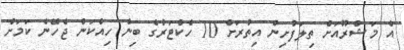
އެ މަޝްރޫއަށް ތިލަފުށިން އިތުރަށް 10 ހެކްޓަރުގެ ބިން ހިއްކަން ޖެހޭނެ ކަމަށް